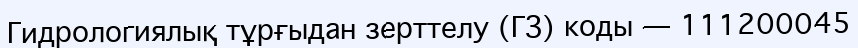
Гидрологиялық тұрғыдан зерттелу (ГЗ) коды — 111200045